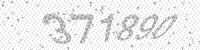
Solution: 371890